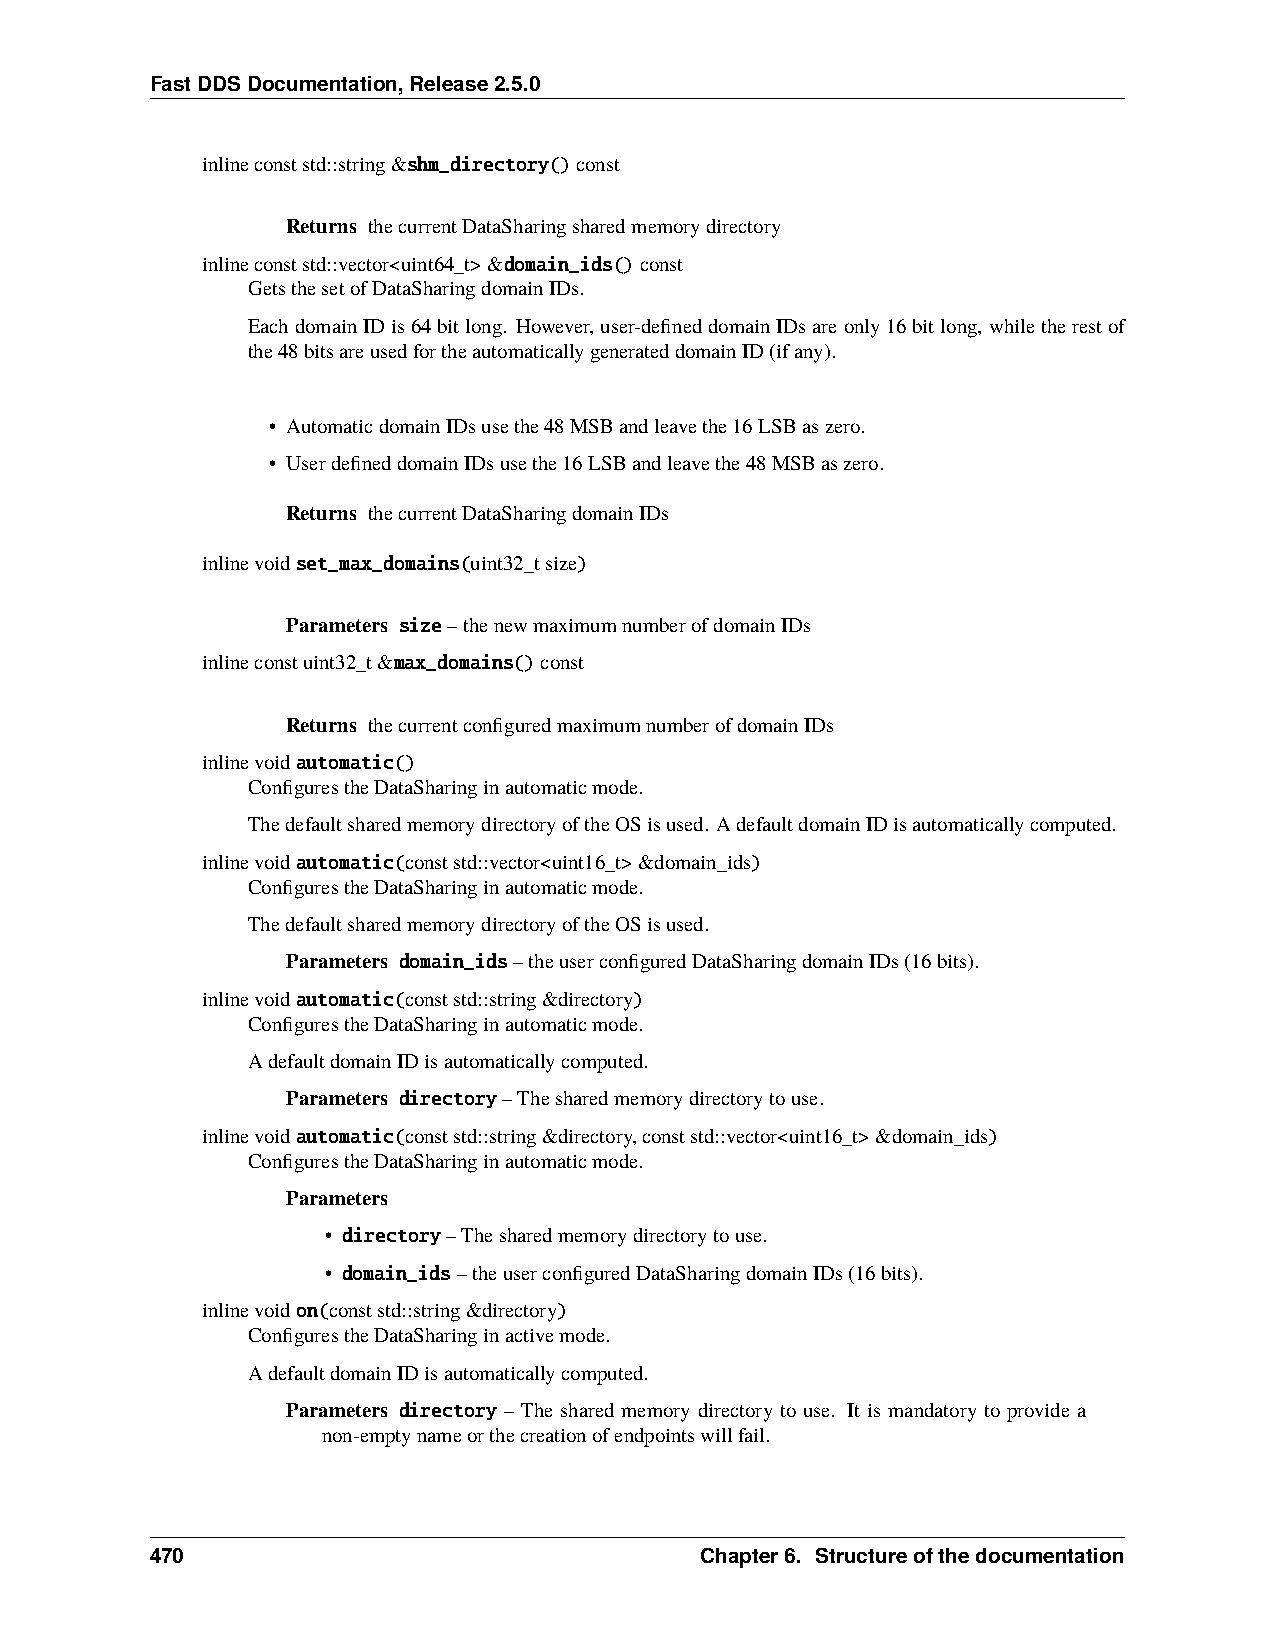
FastDDSDocumentation,Release2.5.0
 inlineconststd::string&shm_directory()const
 Returns thecurrentDataSharingsharedmemorydirectory
 inlineconststd::vector<uint64_t>&domain_ids()const
 GetsthesetofDataSharingdomainIDs.
 EachdomainIDis64bitlong. However,user-defineddomainIDsareonly16bitlong,whiletherestof
 the48bitsareusedfortheautomaticallygenerateddomainID(ifany).
 • AutomaticdomainIDsusethe48MSBandleavethe16LSBaszero.
 • UserdefineddomainIDsusethe16LSBandleavethe48MSBaszero.
 Returns thecurrentDataSharingdomainIDs
 inlinevoidset_max_domains(uint32_tsize)
 Parameters size–thenewmaximumnumberofdomainIDs
 inlineconstuint32_t&max_domains()const
 Returns thecurrentconfiguredmaximumnumberofdomainIDs
 inlinevoidautomatic()
 ConfigurestheDataSharinginautomaticmode.
 ThedefaultsharedmemorydirectoryoftheOSisused. AdefaultdomainIDisautomaticallycomputed.
 inlinevoidautomatic(conststd::vector<uint16_t>&domain_ids)
 ConfigurestheDataSharinginautomaticmode.
 ThedefaultsharedmemorydirectoryoftheOSisused.
 Parameters domain_ids–theuserconfiguredDataSharingdomainIDs(16bits).
 inlinevoidautomatic(conststd::string&directory)
 ConfigurestheDataSharinginautomaticmode.
 AdefaultdomainIDisautomaticallycomputed.
 Parameters directory–Thesharedmemorydirectorytouse.
 inlinevoidautomatic(conststd::string&directory,conststd::vector<uint16_t>&domain_ids)
 ConfigurestheDataSharinginautomaticmode.
 Parameters
 • directory–Thesharedmemorydirectorytouse.
 • domain_ids–theuserconfiguredDataSharingdomainIDs(16bits).
 inlinevoidon(conststd::string&directory)
 ConfigurestheDataSharinginactivemode.
 AdefaultdomainIDisautomaticallycomputed.
 Parameters directory – The shared memory directory to use. It is mandatory to provide a
 non-emptynameorthecreationofendpointswillfail.
 470                                 Chapter6. Structureofthedocumentation